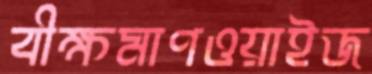
বীক্ষমাণওয়াইজ